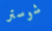
شوستر